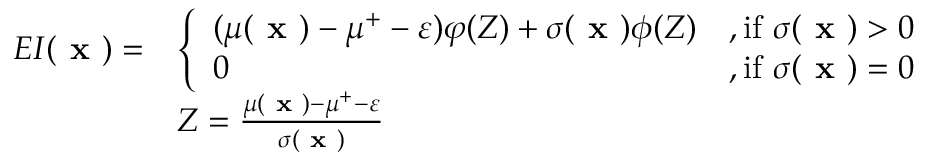
\begin{array} { r l } { E I ( \textbf { x } ) = } & { \left\{ \begin{array} { l l } { ( \mu ( \textbf { x } ) - \mu ^ { + } - \varepsilon ) \varphi ( Z ) + \sigma ( \textbf { x } ) \phi ( Z ) } & { \mathrm { , i f ~ } \sigma ( \textbf { x } ) > 0 } \\ { 0 } & { \mathrm { , i f ~ } \sigma ( \textbf { x } ) = 0 } \end{array} \right. } \\ & { Z = \frac { \mu ( \textbf { x } ) - \mu ^ { + } - \varepsilon } { \sigma ( \textbf { x } ) } } \end{array}